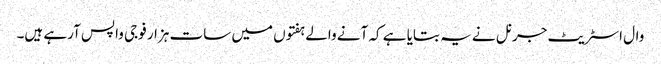
وال اسٹریٹ جرنل نے یہ بتایا ہے کہ آنے والے ہفتوں میں سات ہزار فوجی واپس آرہے ہیں۔